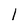
Character: 1